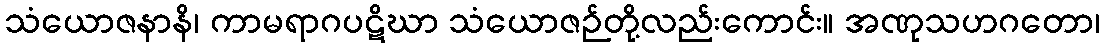
သံယောဇနာနိ၊ ကာမရာဂပဋိဃာ သံယောဇဉ်တို့လည်းကောင်း။ အဏုသဟဂတော၊